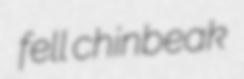
fell chinbeak